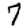
Digit: 7